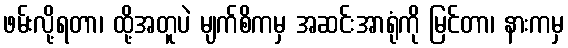
ဖမ်းလို့ရတာ၊ ထို့အတူပဲ မျက်စိကမှ အဆင်းအာရုံကို မြင်တာ၊ နားကမှ